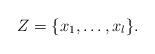
LaTeX: \begin{align*}Z= \lbrace x_1 , \ldots , x_l \rbrace .\end{align*}